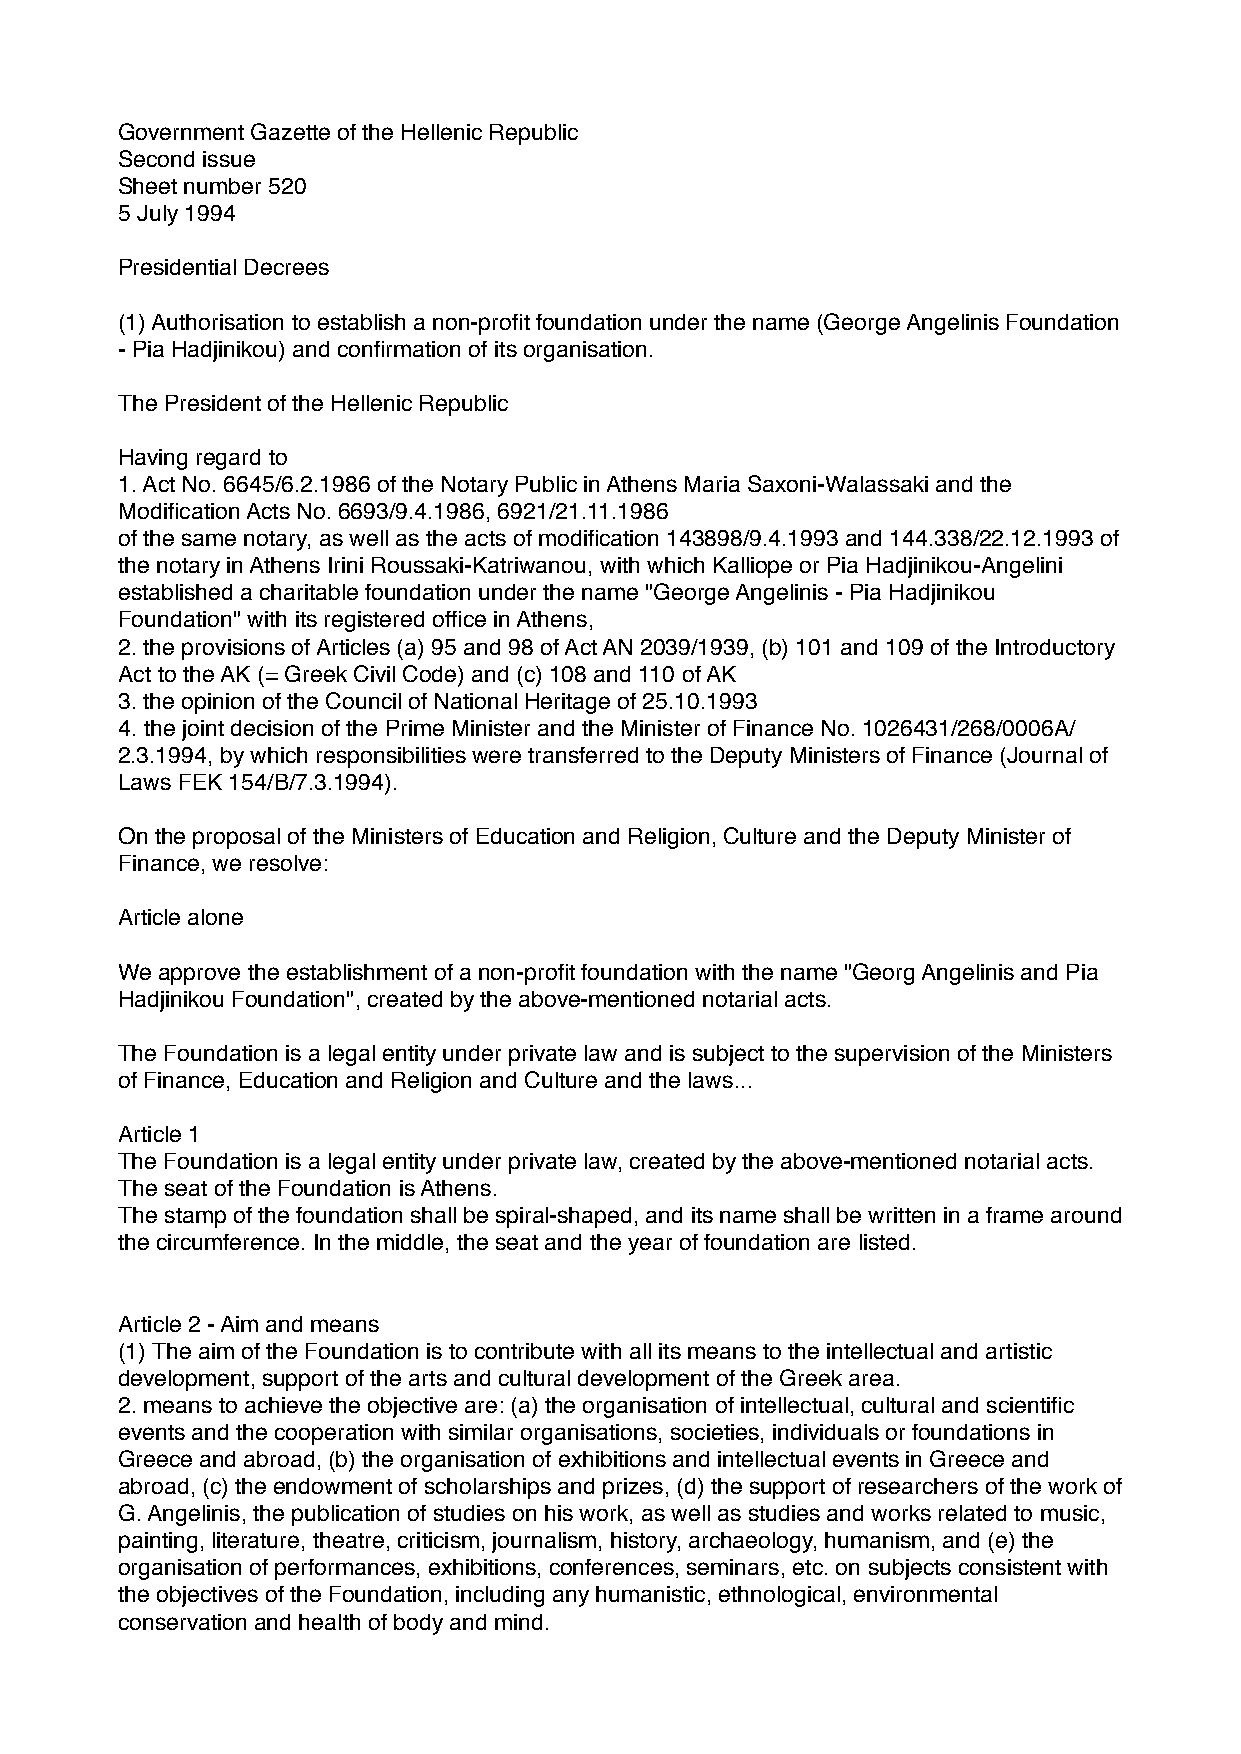
Government Gazette of the Hellenic Republic
 Second issue
 Sheet number 520
 5 July 1994
 Presidential Decrees
 (1) Authorisation to establish a non-profit foundation under the name (George Angelinis Foundation
 - Pia Hadjinikou) and confirmation of its organisation.
 The President of the Hellenic Republic
 Having regard to
 1. Act No. 6645/6.2.1986 of the Notary Public in Athens Maria Saxoni-Walassaki and the
 Modification Acts No. 6693/9.4.1986, 6921/21.11.1986
 of the same notary, as well as the acts of modification 143898/9.4.1993 and 144.338/22.12.1993 of
 the notary in Athens Irini Roussaki-Katriwanou, with which Kalliope or Pia Hadjinikou-Angelini
 established a charitable foundation under the name "George Angelinis - Pia Hadjinikou
 Foundation" with its registered office in Athens,
 2. the provisions of Articles (a) 95 and 98 of Act AN 2039/1939, (b) 101 and 109 of the Introductory
 Act to the AK (= Greek Civil Code) and (c) 108 and 110 of AK
 3. the opinion of the Council of National Heritage of 25.10.1993
 4. the joint decision of the Prime Minister and the Minister of Finance No. 1026431/268/0006A/
 2.3.1994, by which responsibilities were transferred to the Deputy Ministers of Finance (Journal of
 Laws FEK 154/B/7.3.1994).
 On the proposal of the Ministers of Education and Religion, Culture and the Deputy Minister of
 Finance, we resolve:
 Article alone
 We approve the establishment of a non-profit foundation with the name "Georg Angelinis and Pia
 Hadjinikou Foundation", created by the above-mentioned notarial acts.
 The Foundation is a legal entity under private law and is subject to the supervision of the Ministers
 of Finance, Education and Religion and Culture and the laws...
 Article 1
 The Foundation is a legal entity under private law, created by the above-mentioned notarial acts.
 The seat of the Foundation is Athens.
 The stamp of the foundation shall be spiral-shaped, and its name shall be written in a frame around
 the circumference. In the middle, the seat and the year of foundation are listed.
 Article 2 - Aim and means
 (1) The aim of the Foundation is to contribute with all its means to the intellectual and artistic
 development, support of the arts and cultural development of the Greek area.
 2. means to achieve the objective are: (a) the organisation of intellectual, cultural and scientific
 events and the cooperation with similar organisations, societies, individuals or foundations in
 Greece and abroad, (b) the organisation of exhibitions and intellectual events in Greece and
 abroad, (c) the endowment of scholarships and prizes, (d) the support of researchers of the work of
 G. Angelinis, the publication of studies on his work, as well as studies and works related to music,
 painting, literature, theatre, criticism, journalism, history, archaeology, humanism, and (e) the
 organisation of performances, exhibitions, conferences, seminars, etc. on subjects consistent with
 the objectives of the Foundation, including any humanistic, ethnological, environmental
 conservation and health of body and mind.